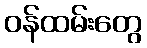
ဝန်ထမ်းတွေ